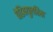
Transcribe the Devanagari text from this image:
पेडिक्युलरिस